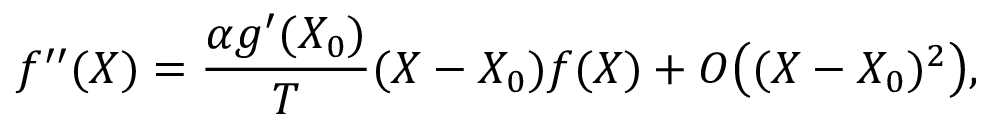
f ^ { \prime \prime } ( X ) = \frac { \alpha g ^ { \prime } ( X _ { 0 } ) } { T } ( X - X _ { 0 } ) f ( X ) + O \big ( ( X - X _ { 0 } ) ^ { 2 } \big ) ,